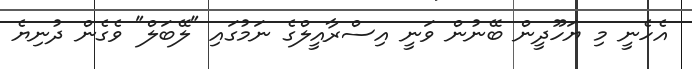
އެހެނީ މި ޔަހޫދީން ބޭނުން ވަނީ އިސްރާއީލްގެ ނަމުގައި "ލޭބަލް" ވެގެން ދުނިޔެ